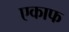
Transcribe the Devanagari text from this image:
एकाफ